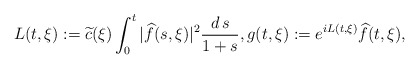
\begin{align*}L(t,\xi) := {\widetilde{c}(\xi)}\int^{t}_{0} |\widehat{f}(s,\xi) |^{2} \frac{d\,s}{1+s},g(t,\xi) := e^{i L(t,\xi)} \widehat{f}(t,\xi),\end{align*}